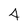
Character: 4